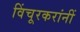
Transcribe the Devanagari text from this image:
विंचूरकरांनीं